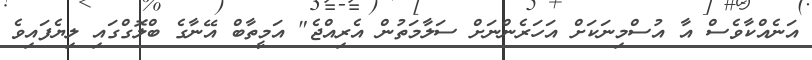
އަނެއްކާވެސް އާ އުސްމިނަކަށް އަހަރެންނަށް ސަލާމަތުން އެރިއްޖެ" އަމީތާބް އޭނާގެ ބްލޮގްގައި ލިޔެފައިވެ